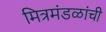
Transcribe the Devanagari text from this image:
मित्रमंडळांची